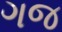
ગજ